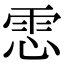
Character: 𩂈